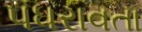
પધરાવતા